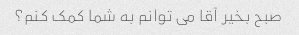
صبح بخیر آقا می توانم به شما کمک کنم؟